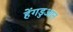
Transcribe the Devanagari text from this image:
हेंगडुआन